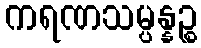
ကရဏသမ္ပန္နဉ္စ